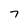
Character: 7